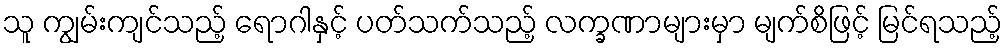
သူ ကျွမ်းကျင်သည့် ရောဂါနှင့် ပတ်သက်သည့် လက္ခဏာများမှာ မျက်စိဖြင့် မြင်ရသည့်